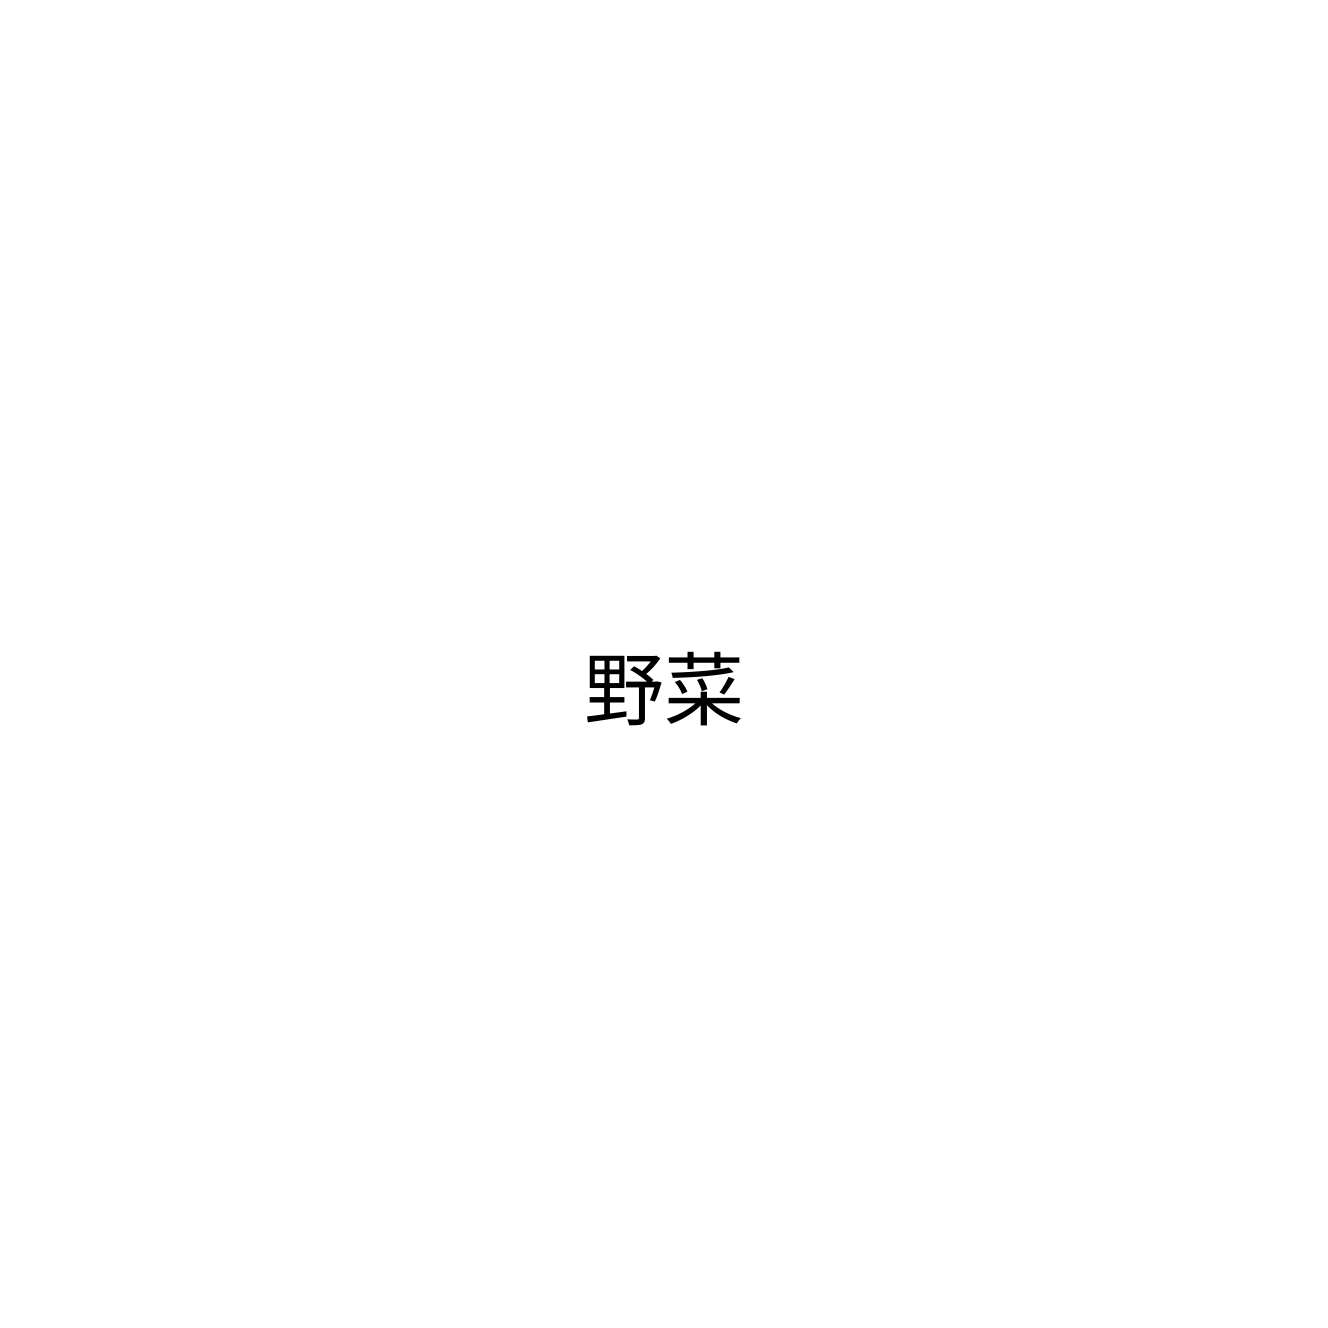
野菜